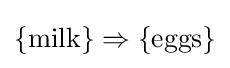
\{\mathrm {milk} \}\Rightarrow \{\mathrm {eggs} \}